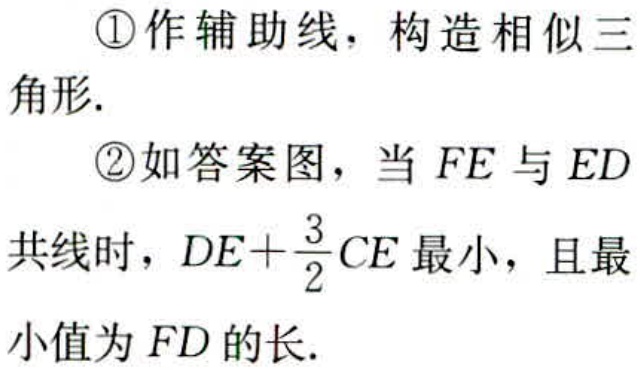
\textcircled{1}作辅助线，构造相似三角形.

\textcircled{2}如答案图，当$FE$与$ED$共线时，$DE + \frac{3}{2}CE$最小，且最小值为$FD$的长.